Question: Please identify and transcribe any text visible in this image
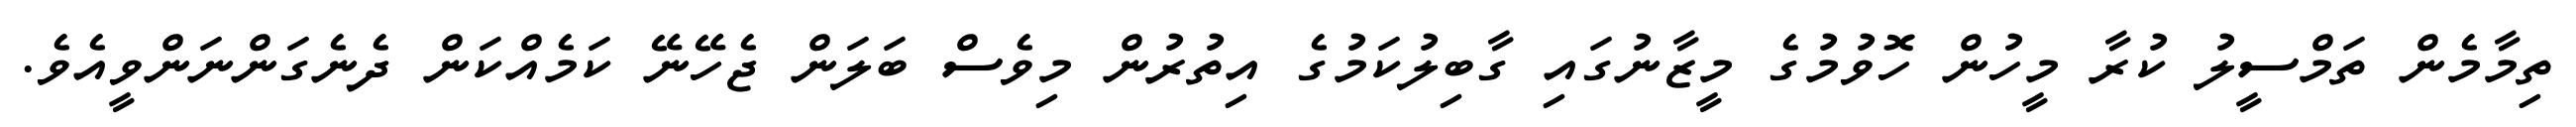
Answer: ތިމާމެން ތަމްސީލު ކުރާ މީހުން ހޮވުމުގެ މީޒާނުގައި ގާބިލުކަމުގެ އިތުރުން މިވެސް ބަލަން ޖެހޭނޭ ކަމެއްކަން ދެނެގަންނަންވީއެވެ.